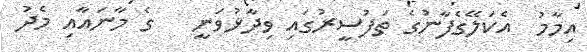
އިމާމު  އެކަލޭގެފާނުގެ ތަފުސީރުގައި ވިދާޅުވަނީ   ގެ މާނައާއި މެދު